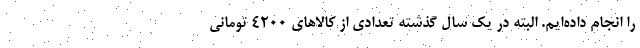
را انجام داده‌ایم. البته در یک سال گذشته تعدادی از کالاهای 4200 تومانی